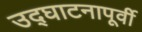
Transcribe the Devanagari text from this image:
उद्‌घाटनापूर्वी